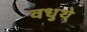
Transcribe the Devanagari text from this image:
वधुये